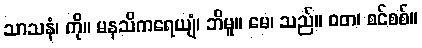
သာသနံ၊ ကို။ မနသိကရေယျံ၊ ဘိမူ။ မေ၊ သည်။ ဝတ၊ စင်စစ်။